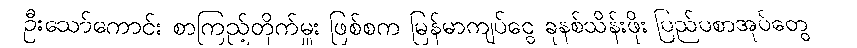
ဦးသော်ကောင်း စာကြည့်တိုက်မှူး ဖြစ်စက မြန်မာကျပ်ငွေ ခုနစ်သိန်းဖိုး ပြည်ပစာအုပ်တွေ